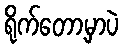
ရိုက်တော့မှာပဲ